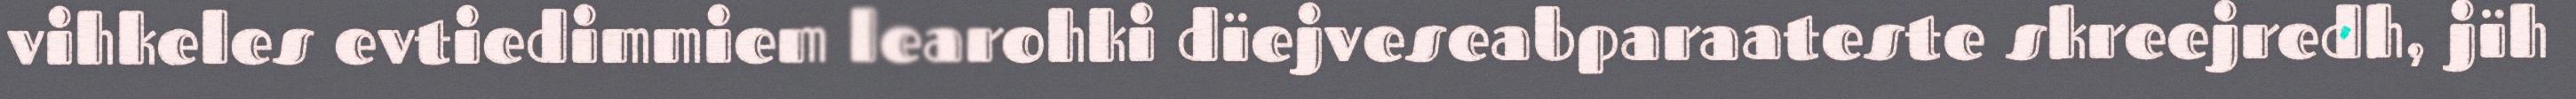
vihkeles evtiedimmiem learohki dïejveseabparaateste skreejredh, jïh